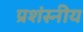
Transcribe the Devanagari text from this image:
प्रशंस्नीय